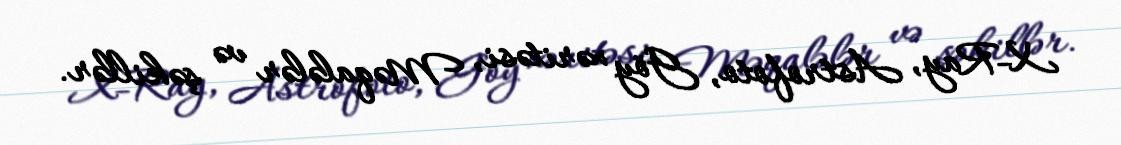
X-Ray, Astrofoto, Göy xəritəsi, Məqalələr və şəkillər.